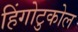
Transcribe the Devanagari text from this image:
हिंगोटुकोल